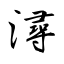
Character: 潯